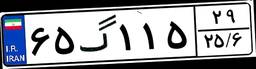
۶۵گ۱۱۵۲۹